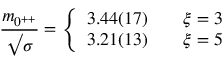
{ \frac { m _ { 0 ^ { + + } } } { \surd \sigma } } = \left\{ \begin{array} { l l } { { 3 . 4 4 ( 1 7 ) } } & { { \ \ \ \xi = 3 } } \\ { { 3 . 2 1 ( 1 3 ) } } & { { \ \ \ \xi = 5 } } \end{array} \right.